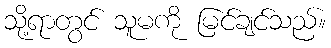
သို့ရာတွင် သူမကို မြင်ချင်သည်။